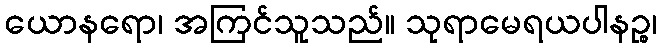
ယောနရော၊ အကြင်သူသည်။ သုရာမေရယပါနဉ္စ၊